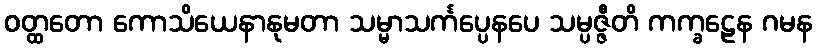
ဝတ္ထတော ကောသိယေနာနုမတာ သမ္မာသင်္ကပ္ပေနပေ သမ္ပဇ္ဇီတိ ကက္ခဠေန ဂမန